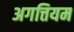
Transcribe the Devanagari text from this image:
अगत्तियम